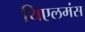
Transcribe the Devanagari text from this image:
थिएलमंस